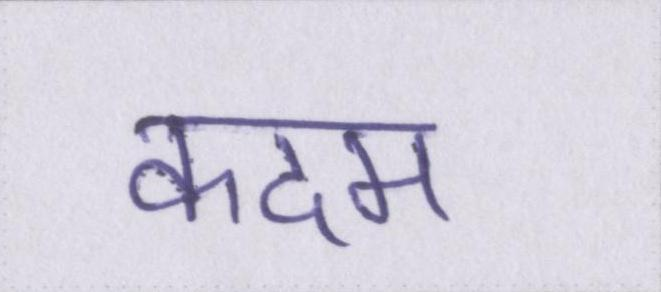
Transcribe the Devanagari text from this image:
कदम